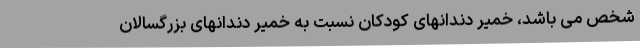
شخص می باشد، خمیر دندانهای کودکان نسبت به خمیر دندانهای بزرگسالان